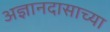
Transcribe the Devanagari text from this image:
अज्ञानदासाच्या